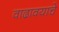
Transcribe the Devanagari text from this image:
वाढावयाचे